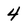
Character: 4